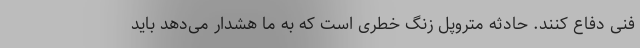
فنی دفاع کنند. حادثه متروپل زنگ خطری است که به ما هشدار می‌دهد باید